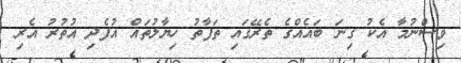
ވިސްނުމާ އެކު ގިނަ ބައެއްގެ ތެރޭގައި ތަފާތު ހިޔާލުތައް އުފެދި އުތުރު އެރި